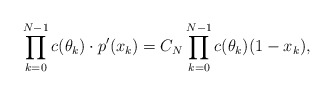
\begin{align*}\prod \limits_{k=0}^{N-1} c(\theta_k) \cdot p'(x_k) = C_N \prod \limits_{k=0}^{N-1} c(\theta_k)(1-x_k),\end{align*}